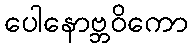
ပေါနောဗ္ဘဝိကော